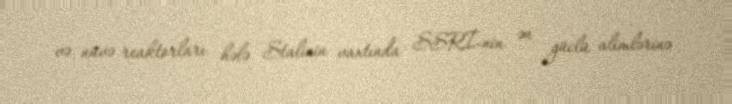
və nüvə reaktorları hələ Stalinin vaxtında SSRİ-nin ən güclü alimlərinə